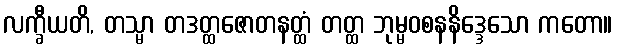
လက္ခီယတိ, တသ္မာ တဒတ္ထဇောတနတ္ထံ တတ္ထ ဘုမ္မဝစနနိဒ္ဒေသော ကတော။